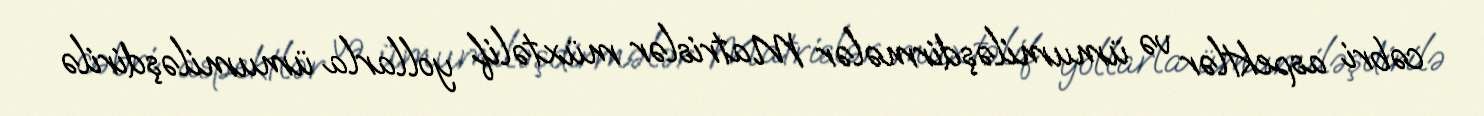
cəbri aspektlər və ümumiləşdirmələr Matrislər müxtəlif yollarla ümumiləşdirilə